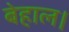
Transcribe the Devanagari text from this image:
बेहाल।